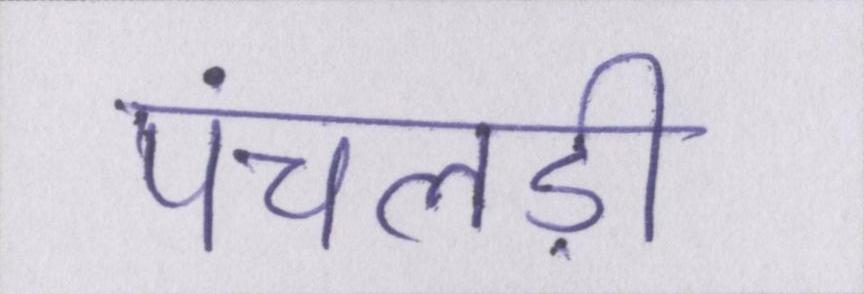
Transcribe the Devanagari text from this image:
पंचलड़ी